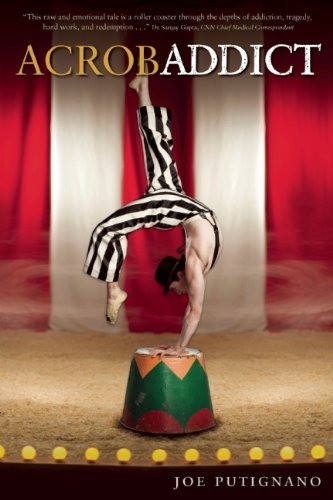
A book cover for Acrobaddict; Joe Putignano; Sports & Outdoors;